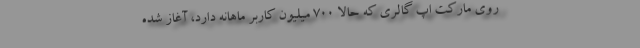
روی مارکت اپ گالری که حالا ۷۰۰ میلیون کاربر ماهانه دارد، آغاز شده